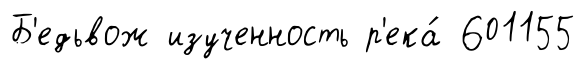
Б'едьвож изученность р'ека́ 601155